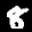
Label: 8